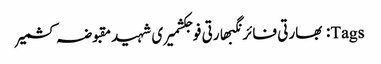
Tags: بھارتی فائرنگبھارتی فوجکشمیری شہیدمقبوضہ کشمیر